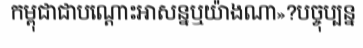
កម្ពុជាជាបណ្តោះអាសន្នឬយ៉ាងណា»?បច្ចុប្បន្ន